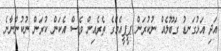
އަދި އަޅުގަނޑު ގަބޫލެއް ނުކުރަން ޕީޕީއެމްގެ ތެރެއިން ވެސް އެކަން ކުރަން ނުކުންނާނެ